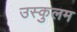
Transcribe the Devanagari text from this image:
उस्कुलम